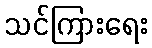
သင်ကြားရေး